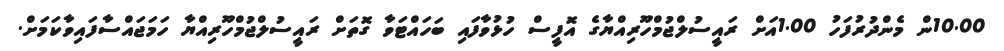
10.00ން މެންދުރުފަހު 1.00އަށް ރައީސުލްޖުމްހޫރިއްޔާގެ އޮފީސް ހުޅުވާފައި ބަހައްޓަވާ ގޮތަށް ރައީސުލްޖުމްހޫރިއްޔާ ހަމަޖައްސާފައިވާކަމަށް.